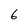
Character: 6